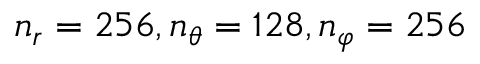
n _ { r } = 2 5 6 , n _ { \theta } = 1 2 8 , n _ { \varphi } = 2 5 6